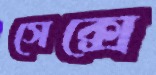
সেক্সে